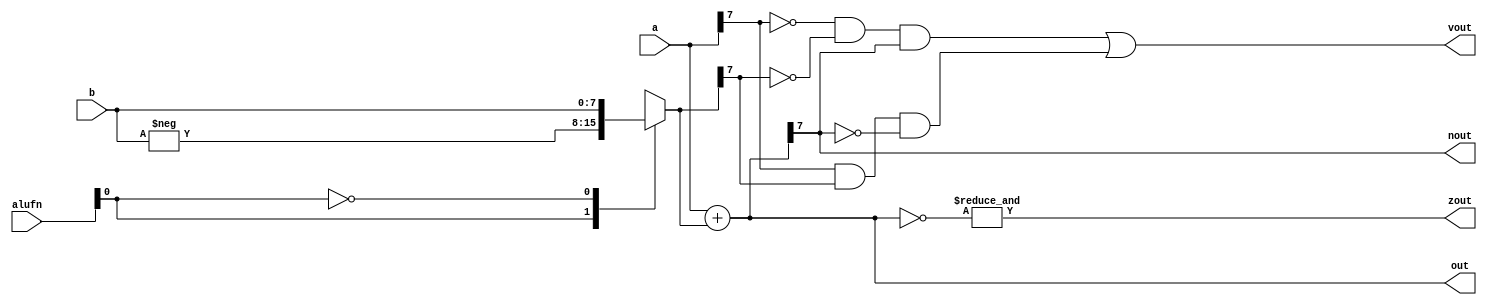
/*
   This file was generated automatically by the Mojo IDE version B1.3.3.
   Do not edit this file directly. Instead edit the original Lucid source.
   This is a temporary file and any changes made to it will be destroyed.
*/

module adder_3 (
    input [7:0] a,
    input [7:0] b,
    input [5:0] alufn,
    output reg [7:0] out,
    output reg [0:0] zout,
    output reg [0:0] vout,
    output reg [0:0] nout
  );
  
  
  
  reg [7:0] bxor;
  
  reg [7:0] preout;
  
  always @* begin
    
    case (alufn[0+0-:1])
      1'h1: begin
        bxor = -b;
      end
      1'h0: begin
        bxor = b;
      end
      default: begin
        bxor = 8'bxxxxxxxx;
      end
    endcase
    preout = a + bxor;
    zout = (&(~preout));
    vout = ((~a[7+0-:1] & ~bxor[7+0-:1]) & preout[7+0-:1]) | ((a[7+0-:1] & bxor[7+0-:1]) & ~preout[7+0-:1]);
    nout = preout[7+0-:1];
    out = preout;
  end
endmodule